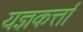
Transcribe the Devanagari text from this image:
यज्ञकर्त्ता